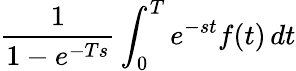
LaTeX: {\frac{1}{1-e^{-Ts}}}\int_{0}^{T}e^{-st}f(t)\, dt